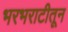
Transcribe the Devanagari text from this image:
भरभराटीतून